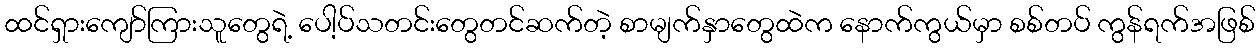
ထင်ရှားကျော်ကြားသူတွေရဲ့ ပေါ့ပ်သတင်းတွေတင်ဆက်တဲ့ စာမျက်နှာတွေထဲက နောက်ကွယ်မှာ စစ်တပ် ကွန်ရက်အဖြစ်